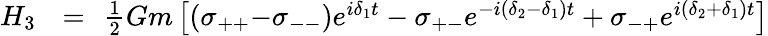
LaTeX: \begin{array}{rlr}{H_{3}\! \! }&{{}=}&{\! \! \frac{1}{2}Gm\left[\left(\sigma_{++}{-}\sigma_{--}\right)e^{i\delta_{1}t}-\sigma_{+-}e^{-i(\delta_{2}-\delta_{1})t}+\sigma_{-+}e^{i(\delta_{2}+\delta_{1})t}\right]}\end{array}